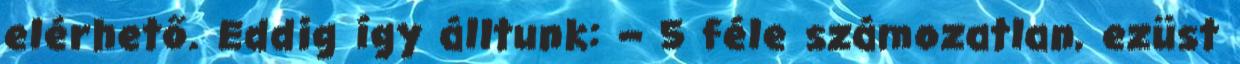
elérhető. Eddig így álltunk: – 5 féle számozatlan, ezüst